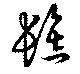
髻